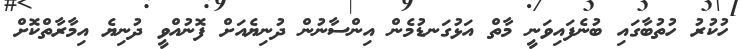
ހުކުރު ހުތުބާގައި ބުނެފައިވަނީ މާތް އަޅުގަނޑުމެން އިންސާނުން ދުނިޔެއަށް ފޮނުއްވީ ދުނިޔެ އިމާރާތްކޮށް